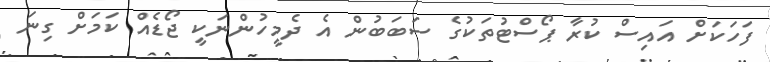
ފަހަކަށް އައިސް ކުރާ ޕޯސްޓުތަކުގެ ސަބަބުން އެ ދެމީހުންނަކީ ޖޯޑެއް ކަމަށް ގިނަ